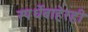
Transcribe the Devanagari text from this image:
स्पर्धेबाहेरही